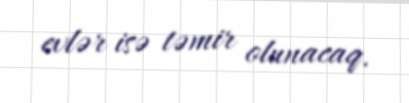
evlər isə təmir olunacaq.